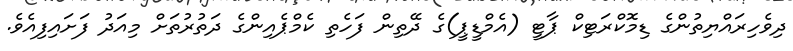
ދިވެހިރައްޔިތުންގެ ޑިމޮކްރަޓިކް ޕާޓީ (އެމްޑީޕީ)ގެ ދޭތިން ފަހެތި ކެމްޕެއިންގެ ދަތުރުތަށް މިއަދު ފަށައިފިއެވެ.